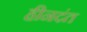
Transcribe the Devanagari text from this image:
हीनदंत